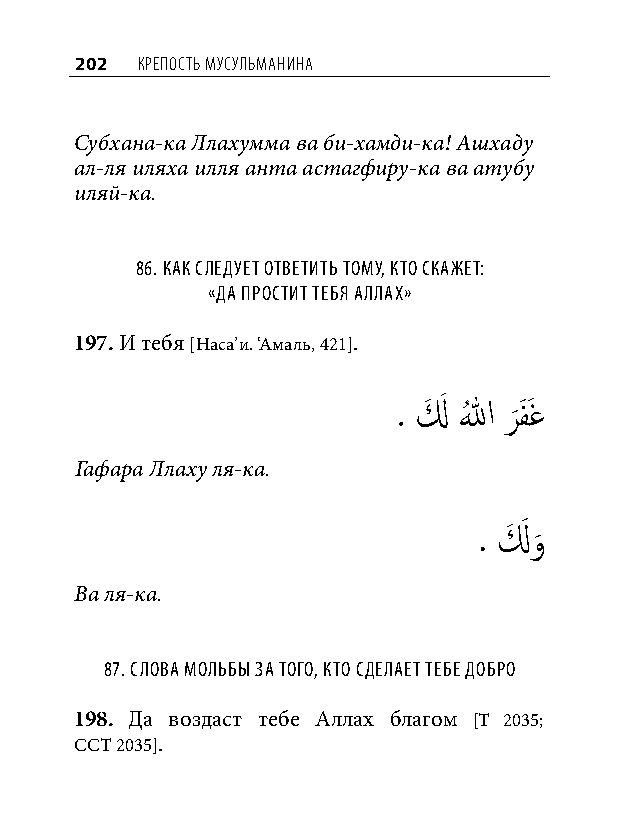
202 КреПость мусульманина
 Субхана-ка Ллахумма ва би-хамди-ка! Ашхаду
 ал-ля иляха илля анта астагфиру-ка ва атубу
 иляй-ка.
 86. как Следует ответить тому, кто Скажет:
 «да проСтит тебя аллах»
 197. И тебя [Наса’и. ‘Амаль, 421].
 . لَ َ اللهُ ر
 َ
 فَ َغ
 Гафара Ллаху ля-ка.
 . لَ َ و
 َ
 Ва ля-ка.
 87. Слова мольбы за того, кто Сделает тебе добро
 198. Да воздаст тебе Аллах благом [Т 2035;
 ССТ 2035].